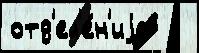
отд'ел'е́н'иjа